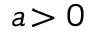
a \! > 0